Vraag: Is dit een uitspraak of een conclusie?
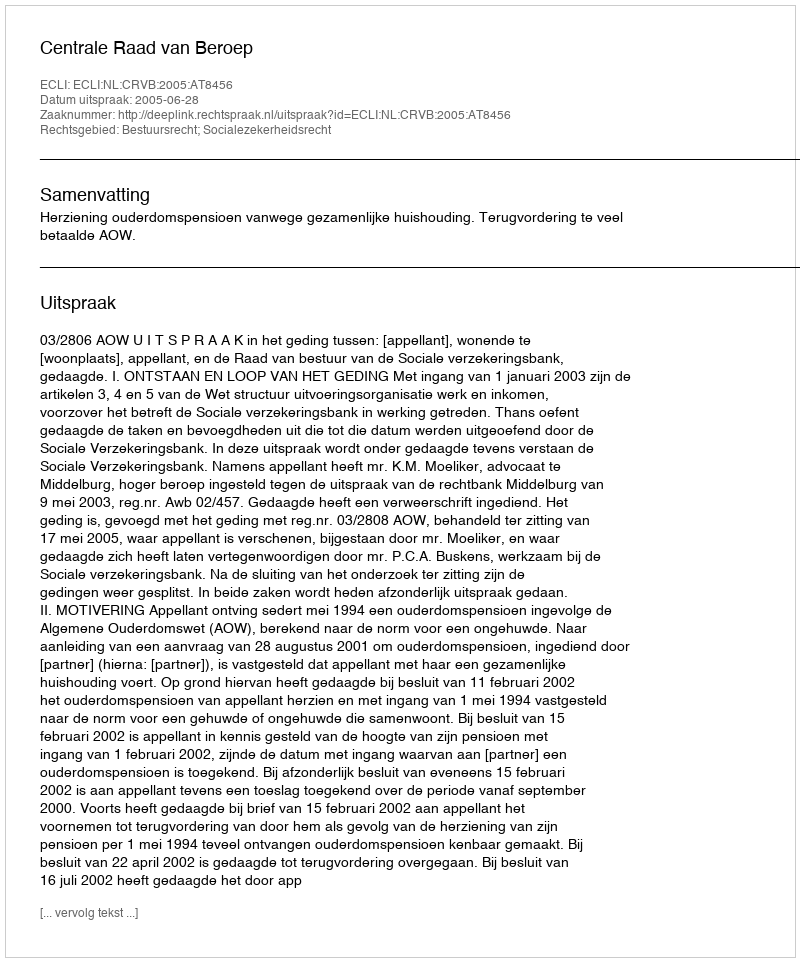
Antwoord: Uitspraak